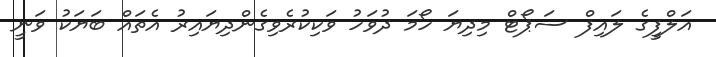
އަލްފީގެ ލައިފް ސަޕޯޓް މިދިޔަ ހޯމަ ދުވަހު ވަކިކުރެވިގެންދިޔައިރު އެތައް ބަޔަކު ވަނީ